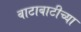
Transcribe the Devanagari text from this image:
बाटाबाटीच्या